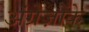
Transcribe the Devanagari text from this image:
अंग्रेज़ोंके